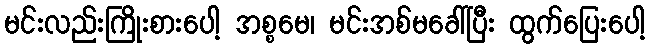
မင်းလည်းကြိုးစားပေါ့ အစ္စမေ၊ မင်းအစ်မခေါ်ပြီး ထွက်ပြေးပေါ့